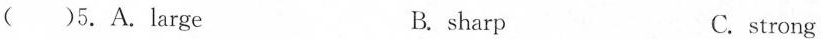
( )5.Alarge B. sharp C. strong